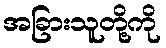
အခြားသူတို့ကို